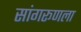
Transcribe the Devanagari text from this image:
सांगरूणला